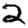
Digit: 2